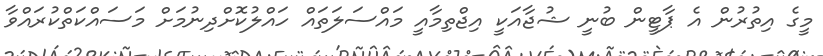
މީގެ އިތުރުން އެ ޕާޓީން ބުނީ ޝުޖާއަކީ އިޖްތިމާއީ މައްސަލަތައް ހައްލުކޮށްދިނުމަށް މަސައްކަތްކުރައްވާ